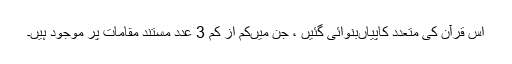
اس قرآن کی متعدد کاپیاں‌بنوائی گئیں ، جن میں‌کم از کم 3 عدد مستند مقامات پر موجود ہیں۔